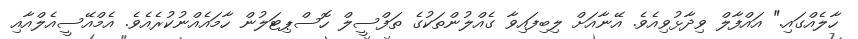
ހާލެއްގައި." އައްފާލް ވިދާޅުވިއެވެ. އޭނާއަށް ލިބިފައިވާ ގެއްލުންތަކުގެ ތަފްސީލް ހޮސްޕިޓަލުން ހާމައެއްނުކުރެއެވެ. އެމްއޭސީއެލްއާއި